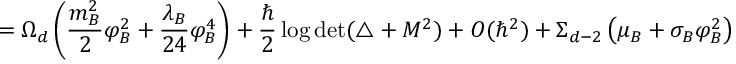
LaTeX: = \Omega _ { d } \left( { \frac { m _ { B } ^ { 2 } } { 2 } } \varphi _ { B } ^ { 2 } + { \frac { \lambda _ { B } } { 2 4 } } \varphi _ { B } ^ { 4 } \right) + { \frac { \hbar } { 2 } } \log \operatorname * { d e t } ( \triangle + M ^ { 2 } ) + O ( \hbar ^ { 2 } ) + \Sigma _ { d - 2 } \left( \mu _ { B } + \sigma _ { B } \varphi _ { B } ^ { 2 } \right)